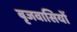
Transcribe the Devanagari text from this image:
बृजवासियों